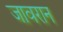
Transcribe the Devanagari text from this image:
जावरान